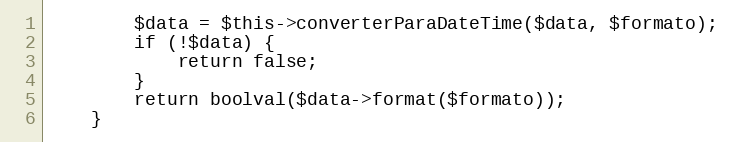
Language: PHP
        $data = $this->converterParaDateTime($data, $formato);
        if (!$data) {
            return false;
        }
        return boolval($data->format($formato));
    }